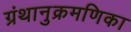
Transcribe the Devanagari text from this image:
ग्रंथानुक्रमणिका